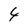
Character: 4